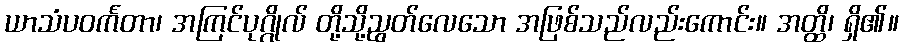
ယာသံပဝင်္ကတာ၊ အကြင်ပုဂ္ဂိုလ် တို့သို့ညွတ်လေသော အဖြစ်သည်လည်းကောင်း။ အတ္ထိ၊ ရှိ၏။